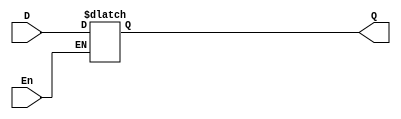
/* D-Latch Module */

module D_Latch(Q, D, En);
    input D, En;
    output Q;
    reg Q;

    always @(D, En)
    begin
        if(En==1) Q<=D;
    end
endmodule